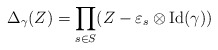
\begin{align*}\Delta_\gamma(Z) = \prod_{s\in S} (Z - \varepsilon_s \otimes \mathrm{Id}(\gamma))\end{align*}